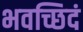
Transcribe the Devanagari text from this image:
भवच्छिदं